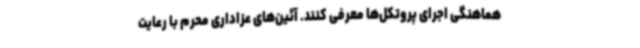
هماهنگی اجرای پروتکل‌ها معرفی کنند. آئین‌های عزاداری محرم با رعایت